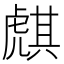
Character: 𧇫